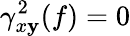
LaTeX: \gamma_{x\mathbf{y}}^{2}(f)=0